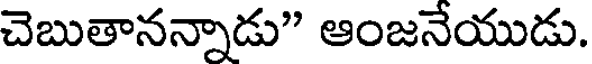
చెబుతానన్నాడు" ఆంజనేయుడు.